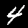
Label: 4